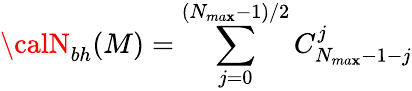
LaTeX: {\calN}_{bh}(M)=\sum_{j=0}^{(N_{ma\mathbf{x}}-1)/2}C_{N_{ma\mathbf{x}}-1-j}^{j}